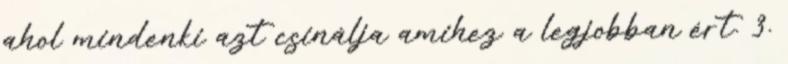
ahol mindenki azt csinálja amihez a legjobban ért. 3.